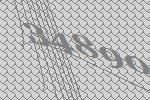
34890